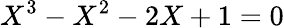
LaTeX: X^{3}-X^{2}-2X+1=0